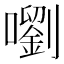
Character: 嚠